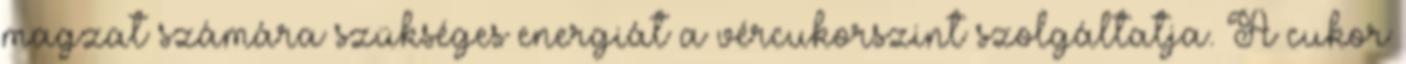
magzat számára szükséges energiát a vércukorszint szolgáltatja. A cukor